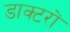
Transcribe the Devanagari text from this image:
डाक्‍टरों